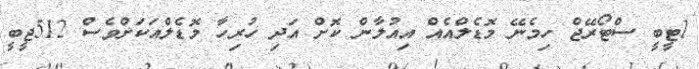
1ޓީބީ ސްޓޯރޭޖް ހިމެނޭ މޮޑެލްއެއް އިއުލާން ކޮށް އަދި ހުރިހާ މޮޑެލްއަކަށްވެެސް 512ޖީބީ